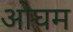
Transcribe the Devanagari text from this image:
ओघम